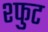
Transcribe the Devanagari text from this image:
श्फुट